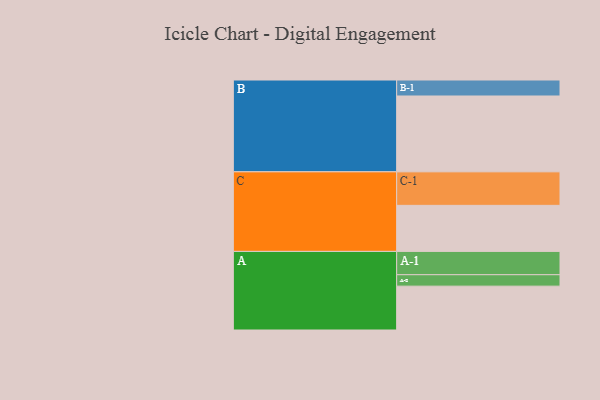
{"axis": {"x": "Segment", "y": "Value"}, "legend": ["", "A", "B", "C"], "data": [{"x": "A", "y": 318, "type": ""}, {"x": "B", "y": 550, "type": ""}, {"x": "C", "y": 334, "type": ""}, {"x": "A-1", "y": 169, "type": "A"}, {"x": "A-2", "y": 83, "type": "A"}, {"x": "B-1", "y": 116, "type": "B"}, {"x": "C-1", "y": 243, "type": "C"}]}